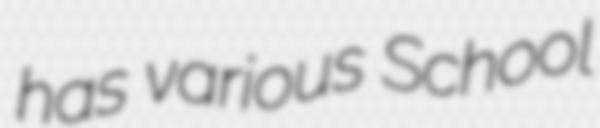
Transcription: has various School